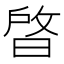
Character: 晵